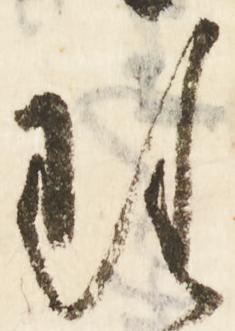
理